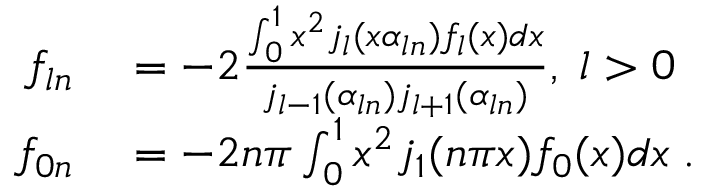
\begin{array} { r l } { f _ { l n } } & { { } = - 2 \frac { \int _ { 0 } ^ { 1 } x ^ { 2 } j _ { l } ( x \alpha _ { l n } ) f _ { l } ( x ) d x } { j _ { l - 1 } ( \alpha _ { l n } ) j _ { l + 1 } ( \alpha _ { l n } ) } , \; l > 0 } \\ { f _ { 0 n } } & { { } = - 2 n \pi \int _ { 0 } ^ { 1 } x ^ { 2 } j _ { 1 } ( n \pi x ) f _ { 0 } ( x ) d x \; . } \end{array}